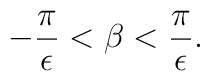
-{\pi\over\epsilon}<\beta <{\pi\over\epsilon}.